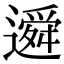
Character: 䢬